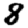
Digit: 8